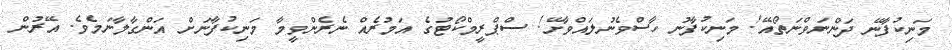
މަނިކުފާނޭ ދަންނަވްނަތޯއޭ! މަނިކުފާނު ހާސްވެނުލައްވާށޭ! ސްޕްރީމްކޯޓުގެ އަމުރެއް ނެރެންވީމާ މަނިކުފާނަށް އަންގާލާނަމެވެ. އޭރުން